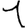
Digit: 1